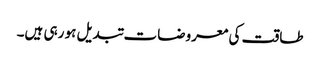
طاقت کی معروضات تبدیل ہو رہی ہیں۔